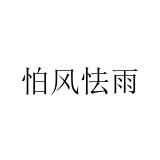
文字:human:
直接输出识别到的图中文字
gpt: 怕风怯雨